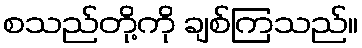
စသည်တို့ကို ချစ်ကြသည်။